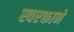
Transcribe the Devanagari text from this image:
स्‍वरक्ताने